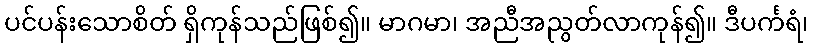
ပင်ပန်းသောစိတ် ရှိကုန်သည်ဖြစ်၍။ မာဂမာ၊ အညီအညွတ်လာကုန်၍။ ဒီပင်္ကရံ၊